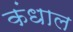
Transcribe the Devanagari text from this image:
कंधाल